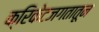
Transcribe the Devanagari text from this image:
क्रिकेटजगतातून